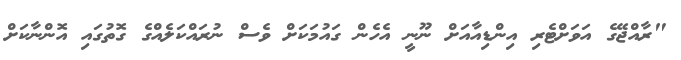
"ރާއްޖޭގެ އަވަށްޓެރި އިންޑިއާއަށް ނޫނީ އެހެން ގައުމަކަށް ވެސް ނުރައްކަލެއްގެ ގޮތުގައި އޮންނާކަށް